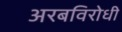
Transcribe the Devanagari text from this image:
अरबविरोधी